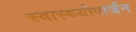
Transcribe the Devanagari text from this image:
स्वास्थ्योपार्जन